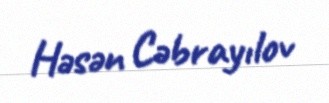
Həsən Cəbrayılov